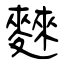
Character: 麳